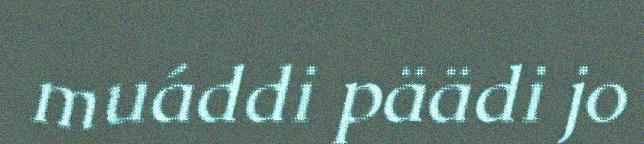
muáddi päädi jo